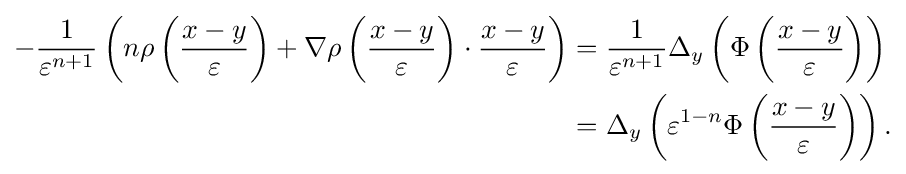
{\begin{aligned}-{\frac {1}{\varepsilon ^{n+1}}}\left(n\rho \left({\frac {x-y}{\varepsilon }}\right)+\nabla \rho \left({\frac {x-y}{\varepsilon }}\right)\cdot {\frac {x-y}{\varepsilon }}\right)&={\frac {1}{\varepsilon ^{n+1}}}\Delta _{y}\left(\Phi \left({\frac {x-y}{\varepsilon }}\right)\right)\\&=\Delta _{y}\left(\varepsilon ^{1-n}\Phi \left({\frac {x-y}{\varepsilon }}\right)\right).\end{aligned}}